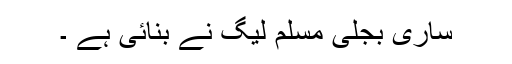
ساری بجلی مسلم لیگ نے بنائی ہے ۔